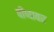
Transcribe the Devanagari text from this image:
वीणावर